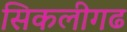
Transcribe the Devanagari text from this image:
सिकलीगढ